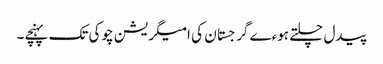
پیدل چلتے ہوءے گرجستان کی امیگریشن چوکی تک پہنچے۔